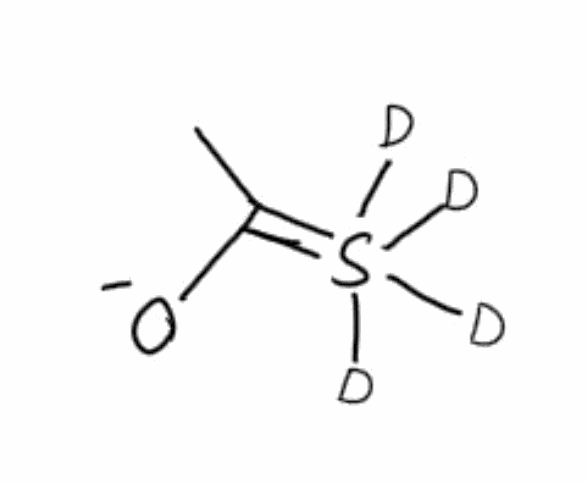
Simplified molecular-input line-entry system (SMILES) notation of the given molecule:
C[C@@]1(CCC2C1(CCC3C2CC[C@@H]4C3(CC[C@H](C4)OC)C)C)O